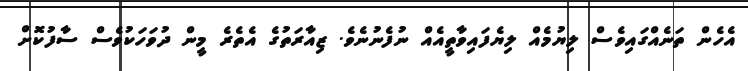
އެހެން ތަނެއްގައިވެސް ލިޔުމެއް ލިޔެފައިވާތީއެއް ނުފެނުނެވެ. ޒިއާރަތުގެ އެތެރެ މީން ދުވަހަކުވެސް ސާފުކޮށް